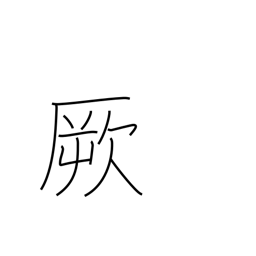
Meaning: that